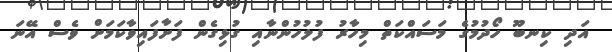
އަދި ކިނބޫ ހޯދުމުގެ މަސައްކަތް މިހާރު ފުލުހުންނާއި ގުޅިގެން ފަށާފައިވާކަމަށް ވެސް އޭނަ